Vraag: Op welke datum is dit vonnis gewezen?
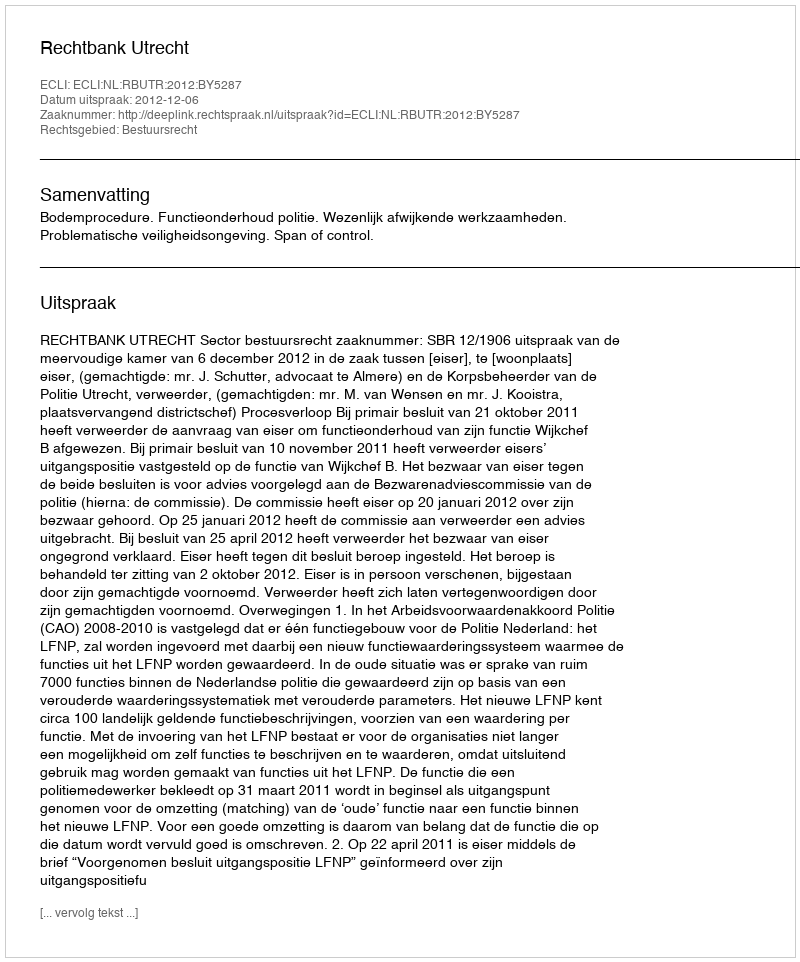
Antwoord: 2012-12-06